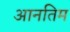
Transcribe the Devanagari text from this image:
आनतिम